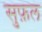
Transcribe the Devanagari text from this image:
सुफ़ल